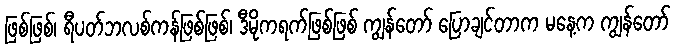
ဖြစ်ဖြစ်၊ ရီပတ်ဘလစ်ကန်ဖြစ်ဖြစ်၊ ဒီမိုကရက်ဖြစ်ဖြစ် ကျွန်တော် ပြောချင်တာက မနေ့က ကျွန်တော်